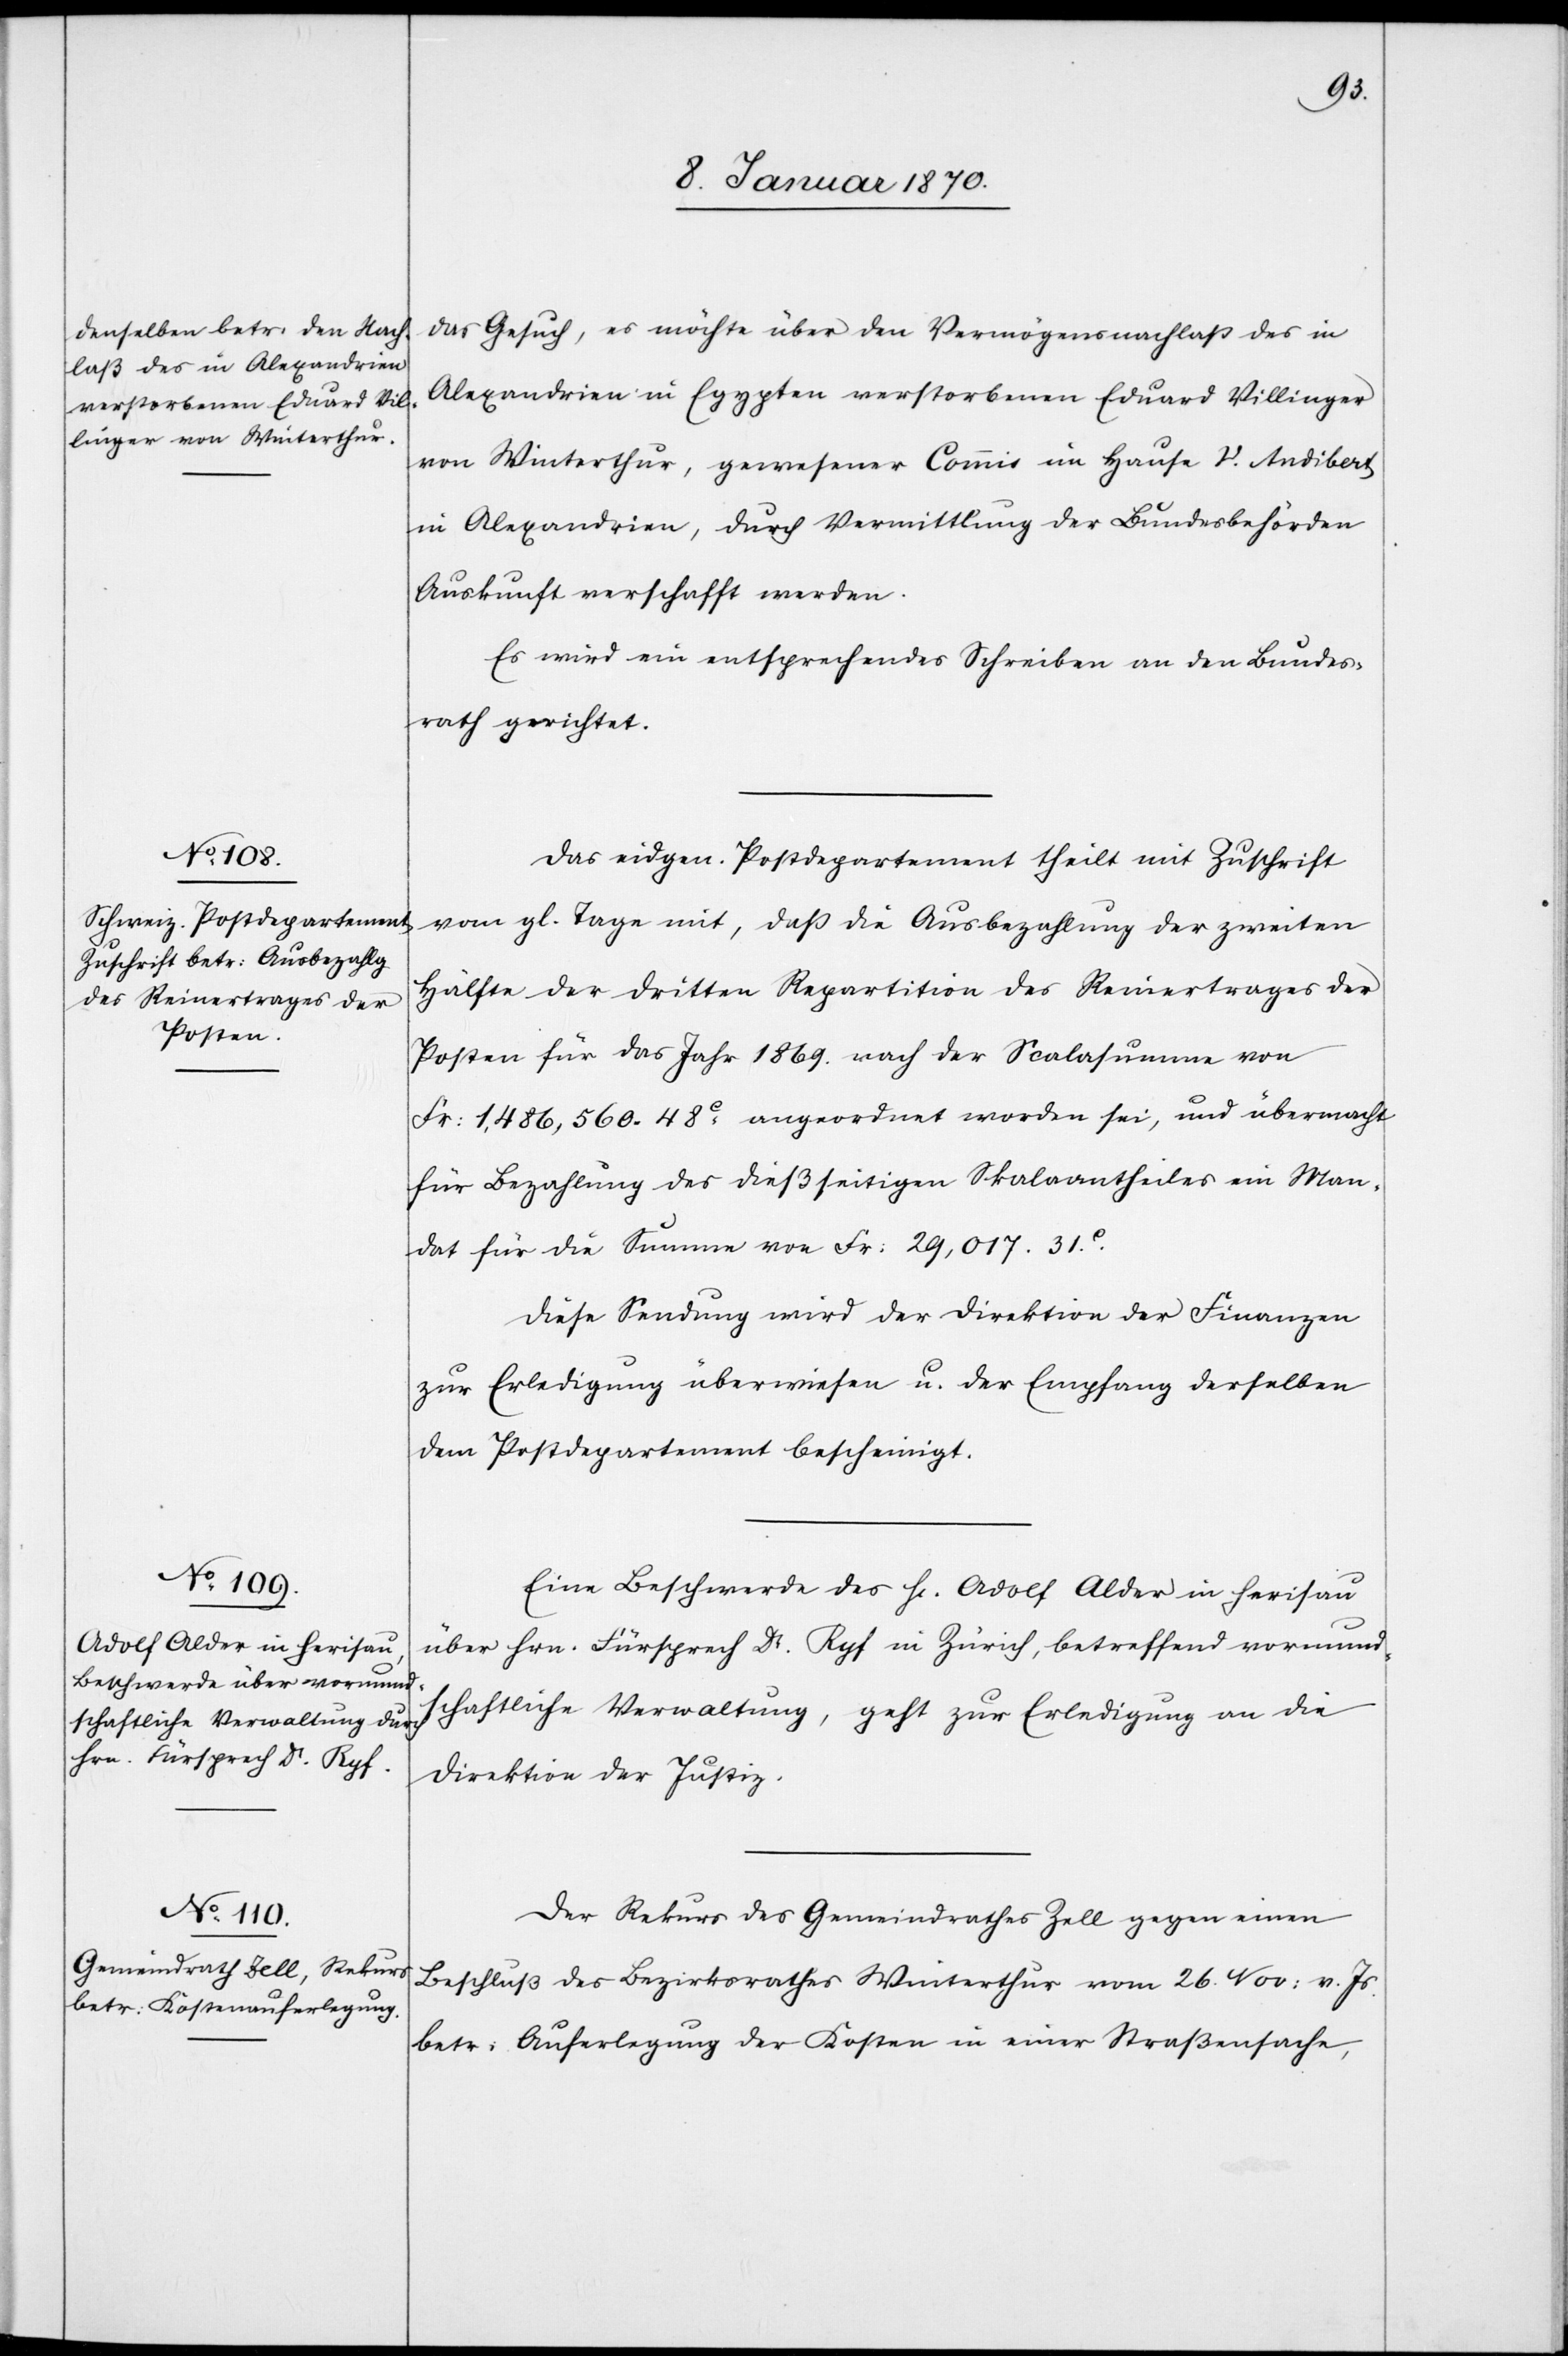
11. Januar 1870.]
das Gesuch, es möchte über den Vermögensnachlaß des in
Alexandrien in Egypten verstorbenen Eduard Villinger
von Winterthur, gewesener Commis im Hause V. Andibert
in Alexandrien, durch Vermittlung der Bundesbehörden
Auskunft verschafft werden.
Es wird ein entsprechendes Schreiben an den Bundes¬
rath gerichtet.
Das eidgen. Postdepartement theilt mit Zuschrift
vom gl. Tage mit, daß die Ausbezahlung der zweiten
Hälfte der dritten Repartition des Reinertrages der
Posten für das Jahr 1869. nach der Scalasumme von
Fr: 1,486,560.48c angeordnet worden sei, und übermacht
für Bezahlung des dießseitigen Skalaantheiles ein Man¬
dat für die Summe von Fr: 29,017. 31c.
Diese Sendung wird der Direktion der Finanzen
zur Erledigung überwiesen u. der Empfang derselben
dem Postdepartement bescheinigt.
Eine Beschwerde des H[errn] Adolf Alder in Herisau
über Hrn. Fürsprech Dr. Ryf in Zürich, betreffend vormund¬
schaftliche Verwaltung, geht zur Erledigung an die
Direktion der Justiz.
Der Rekurs des Gemeindrathes Zell gegen einen
Beschluß des Bezirksrathes Winterthur vom 26. Nov: v. Js.
betr: Auferlegung der Kosten in einer Straßensache,